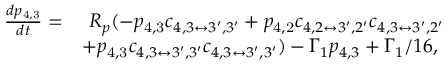
\begin{array} { r l } { \frac { d p _ { \mathrm { 4 , 3 } } } { d t } = } & { ~ R _ { p } ( - p _ { \mathrm { 4 , 3 } } c _ { 4 , 3 \leftrightarrow 3 ^ { \prime } , 3 ^ { \prime } } + p _ { \mathrm { 4 , 2 } } c _ { 4 , 2 \leftrightarrow 3 ^ { \prime } , 2 ^ { \prime } } c _ { 4 , 3 \leftrightarrow 3 ^ { \prime } , 2 ^ { \prime } } } \\ & { + p _ { \mathrm { 4 , 3 } } c _ { 4 , 3 \leftrightarrow 3 ^ { \prime } , 3 ^ { \prime } } c _ { 4 , 3 \leftrightarrow 3 ^ { \prime } , 3 ^ { \prime } } ) - \Gamma _ { 1 } p _ { 4 , 3 } + \Gamma _ { 1 } / 1 6 , } \end{array}